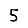
Digit: 5